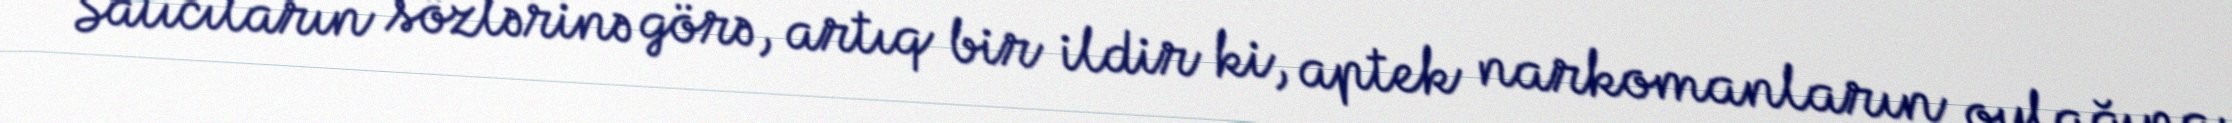
Satıcıların sözlərinə görə, artıq bir ildir ki, aptek narkomanların oylağına